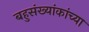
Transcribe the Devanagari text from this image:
बहुसंख्यांकांच्या